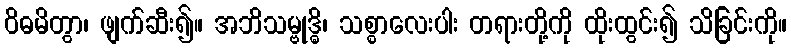
ဝိဓမိတွာ၊ ဖျက်ဆီး၍။ အဘိသမ္ဗုဒ္ဓိ၊ သစ္စာလေးပါး တရားတို့ကို ထိုးထွင်း၍ သိခြင်းကို။